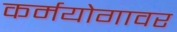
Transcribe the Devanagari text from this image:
कर्मयोगावर